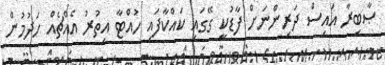
ޞާބިރާ އައިސް ދަރިންނަށް ފާޑުކީ ގޭގައި ކައްކާފައި ހުއްޓާ އިތުރު އެއްޗެއް ހަދުމުން